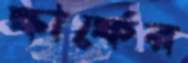
স্কার্ফের